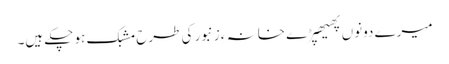
میرے دونوں پھیھپڑے خانہ ءِ زنبور کی طرح مشبک ہو چکے ہیں۔